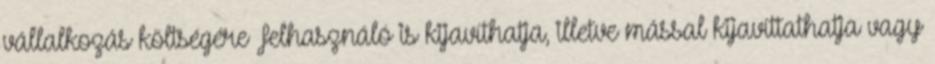
vállalkozás költségére Felhasználó is kijavíthatja, illetve mással kijavíttathatja vagy